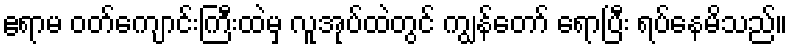
ဧရာမ ဝတ်ကျောင်းကြီးထဲမှ လူအုပ်ထဲတွင် ကျွန်တော် ရောပြီး ရပ်နေမိသည်။